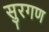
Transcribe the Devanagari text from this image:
सुरगण